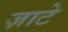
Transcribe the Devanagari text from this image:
ज़ाटे